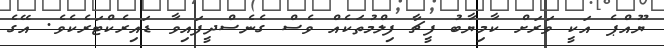
ޔޫއްޕެ އަކީ ވަރަށް ކާމިޔާބު ފީޗާ ފިލްމުތަކެއް ވެސް ގެނެސްދީފައިވާ ޑައިރެކްޓަރެކެވެ. އޭގެ